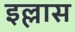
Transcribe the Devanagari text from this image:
इल्लास